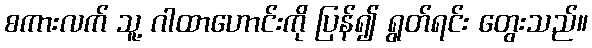
စကားလက် သူ့ ဂါထာဟောင်းကို ပြန်၍ ရွတ်ရင်း တွေးသည်။